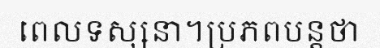
ពេលទស្សនា។ប្រភពបន្តថា